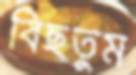
বিছতুম